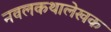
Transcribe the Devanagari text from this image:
नवलकथालेखक